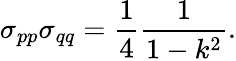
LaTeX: \sigma_{pp}\sigma_{qq}=\frac{1}{4}\frac{1}{1-k^{2}}.